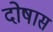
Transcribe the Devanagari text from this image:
दोषास